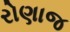
રોણાજ